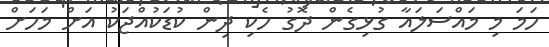
ހަމަ މި މައްސަލައާ ގުޅިގެން ދޮގު ހެކި ދިން ކުޑަކުއްޖަކު އަށް މަހަށް